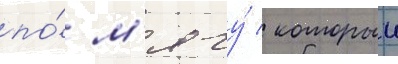
по́ м'ячу́ / которыи